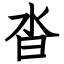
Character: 沓